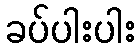
ခပ်ပါးပါး